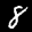
Label: 8